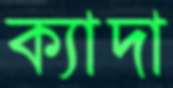
ক্যাদা